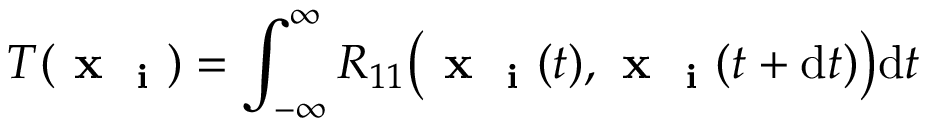
T ( { \textbf { x } _ { \textbf { i } } } ) = \int _ { - \infty } ^ { \infty } R _ { 1 1 } \big ( { \textbf { x } _ { \textbf { i } } } ( t ) , { \textbf { x } _ { \textbf { i } } } ( t + \mathrm { { d } } t ) \big ) \mathrm { { d } } t